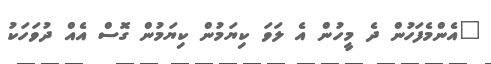
"އެންމެފަހުން ދެ މީހުން އެ ލަވަ ކިޔަމުން ކިޔަމުން ގޮސް އެއް ދުވަހަކު